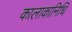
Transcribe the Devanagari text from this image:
कालाकानिधि